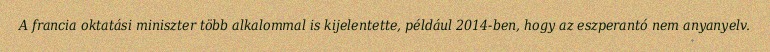
A francia oktatási miniszter több alkalommal is kijelentette, például 2014-ben, hogy az eszperantó nem anyanyelv.